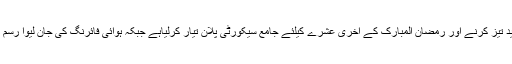
06 جون2018ء) تخت بھائی سرکل پولیس نے سماج دشمن عناصر کے خلاف آپریشن مزید تیز کرنے اور رمضان المبارک کے آخری عشرے کیلئے جامع سیکورٹی پلان تیار کرلیاہے جبکہ ہوائی فائرنگ کی جان لیوا رسم کے تدارک کیلئے عوام میں شعور اجا گر کرنے کی خصوصی مہم بھی شروع کردی ہے ۔